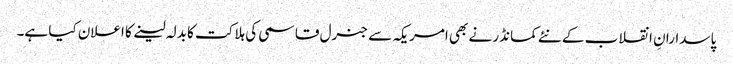
پاسدارانِ انقلاب کے نئے کمانڈر نے بھی امریکہ سے جنرل قاسمی کی ہلاکت کا بدلہ لینے کا اعلان کیا ہے۔